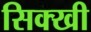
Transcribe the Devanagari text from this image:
सिक्खी